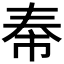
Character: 𪥐